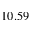
1 0 . 5 9